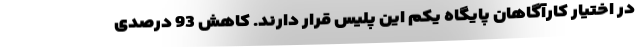
در اختیار کارآگاهان پایگاه یکم این پلیس قرار دارند. کاهش 93 درصدی